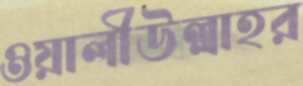
ওয়ালীউল্লাহর